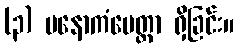
(၃) မနောကံမေတ္တာ ရှိခြင်း။